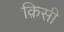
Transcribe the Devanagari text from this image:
क़िसी